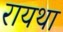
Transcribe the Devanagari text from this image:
रायथा